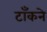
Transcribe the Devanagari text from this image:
टाँकने